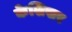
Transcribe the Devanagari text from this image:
केशिखर